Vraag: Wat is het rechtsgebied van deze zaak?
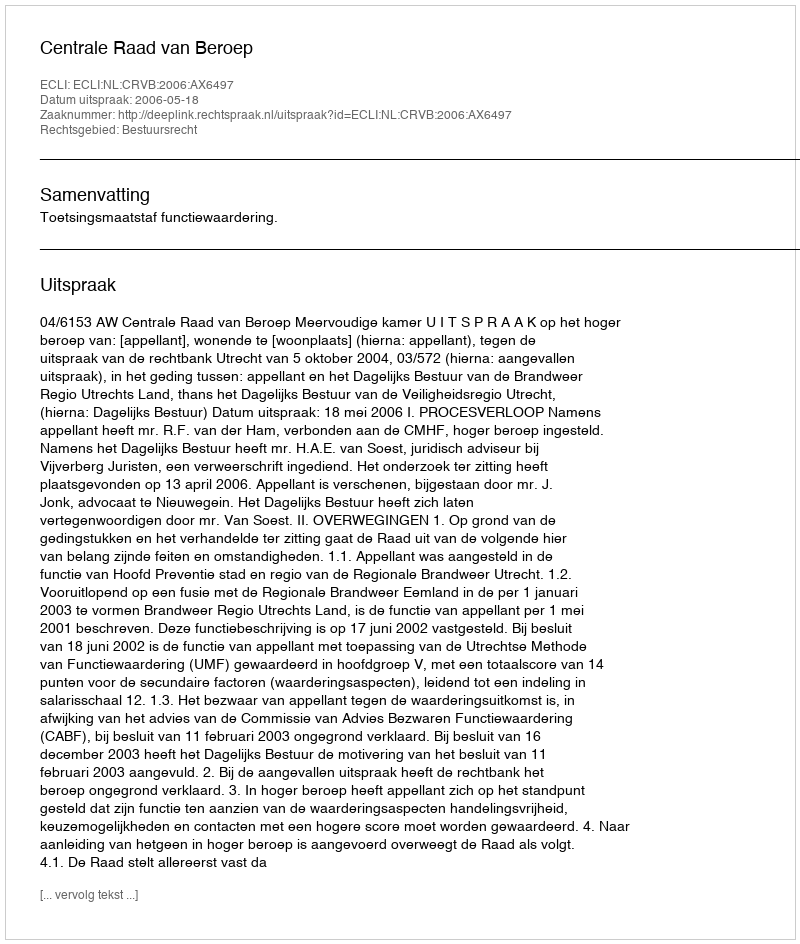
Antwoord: Bestuursrecht